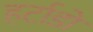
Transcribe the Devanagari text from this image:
हर्टाडो